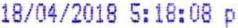
18/04/2018 5:18:08 P